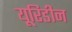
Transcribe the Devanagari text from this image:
यूरिडीन